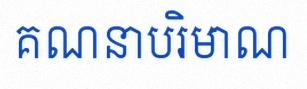
គណនាបរិមាណ